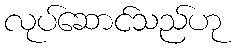
လုပ်ဆောင်သည်ဟု